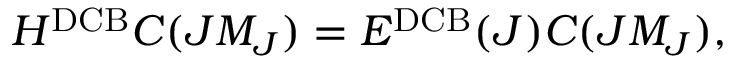
H ^ { \mathrm { D C B } } C ( J M _ { J } ) = E ^ { \mathrm { D C B } } ( J ) C ( J M _ { J } ) ,